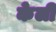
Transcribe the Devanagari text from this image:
केली